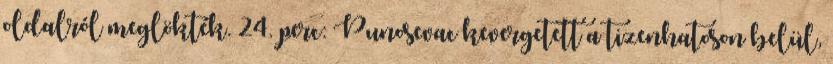
oldalról meglökték. 24. perc: Punosevac kevergetett a tizenhatoson belül,